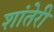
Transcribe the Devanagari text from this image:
शांतेरी